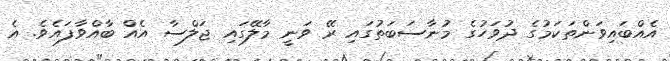
އެއްބައިވަންތަކަމުގެ ދުވަހުގެ މުނާސަބަތުގައި ރޭ ވަނީ މާލޭގައި ޖަލްސާ އެއް ބާއްވާފައެވެ. އެ